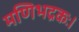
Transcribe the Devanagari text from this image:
मणिभद्रकः।